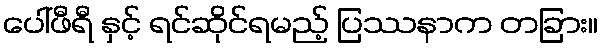
ပေါ်ဖီရီ နှင့် ရင်ဆိုင်ရမည့် ပြဿနာက တခြား။